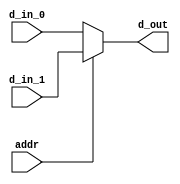
`timescale 1ns/1ps

`define WIDTH 5


module addr_mux(addr, d_in_0, d_in_1, d_out);


input addr;
input [`WIDTH-1:0] d_in_0, d_in_1;

output reg [`WIDTH-1:0] d_out;

always @* begin
	if(addr) d_out = d_in_1;
	else d_out = d_in_0;
end
endmodule